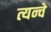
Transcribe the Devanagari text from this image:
त्यन्चे